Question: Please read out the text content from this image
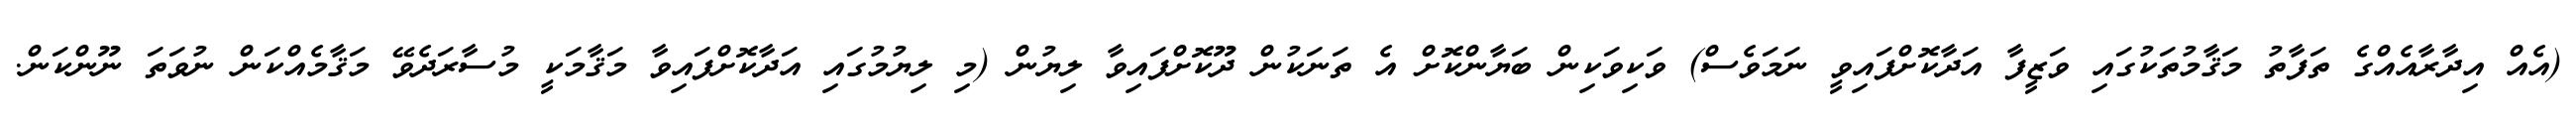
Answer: (އެއް އިދާރާއެއްގެ ތަފާތު މަޤާމުތަކުގައި ވަޒީފާ އަދާކޮށްފައިވީ ނަމަވެސް) ވަކިވަކިން ބަޔާންކޮށް އެ ތަނަކުން ދޫކޮށްފައިވާ ލިޔުން (މި ލިޔުމުގައި އަދާކޮށްފައިވާ މަޤާމަކީ މުސާރަދެވޭ މަޤާމެއްކަން ނުވަތަ ނޫންކަން.